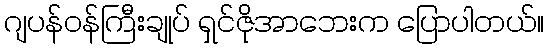
ဂျပန်ဝန်ကြီးချုပ် ရှင်ဇိုအာဘေးက ပြောပါတယ်။